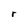
Character: r